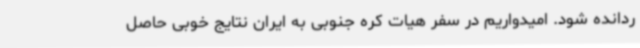
ردانده شود. امیدواریم در سفر هیات کره جنوبی به ایران نتایج خوبی حاصل